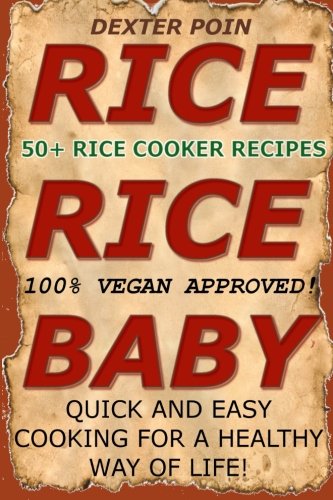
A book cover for Rice Cooker Recipes: 50+ Rice Cooker Recipes - Quick & Easy for a Healthy Way of Life (Slow cooker recipes - rice cooker - recipes); Dexter Poin; Cookbooks, Food & Wine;